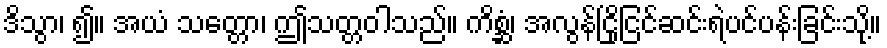
ဒိသွာ၊ ၍။ အယံ သတ္တော၊ ဤသတ္တဝါသည်။ ကိစ္ဆံ၊ အလွန်ငြိုငြင်ဆင်းရဲပင်ပန်းခြင်းသို့။